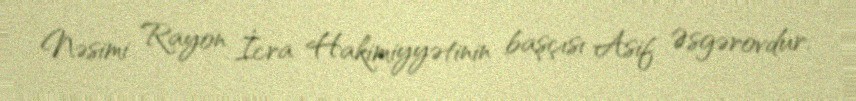
Nəsimi Rayon İcra Hakimiyyətinin başçısı Asif Əsgərovdur.